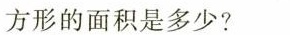
方形的面积是多少?